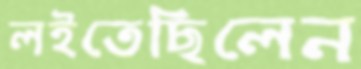
লইতেছিলেন